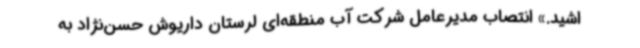
اشید.» انتصاب مدیرعامل شرکت آب منطقه‌ای لرستان داریوش حسن‌نژاد به